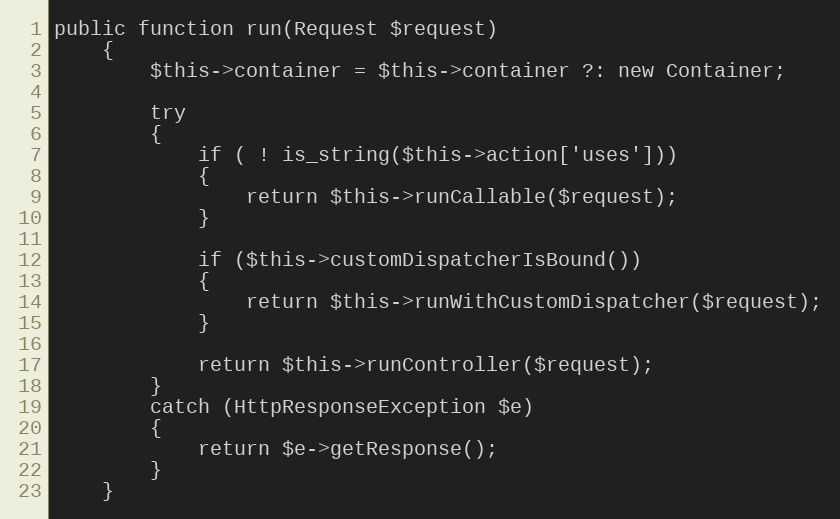
Language: PHP
public function run(Request $request)
	{
		$this->container = $this->container ?: new Container;

		try
		{
			if ( ! is_string($this->action['uses']))
			{
				return $this->runCallable($request);
			}

			if ($this->customDispatcherIsBound())
			{
				return $this->runWithCustomDispatcher($request);
			}

			return $this->runController($request);
		}
		catch (HttpResponseException $e)
		{
			return $e->getResponse();
		}
	}